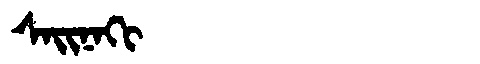
Manchu: ᠰᠠᡳᠨᠠᡴᡳ
Romanization: SAINAKI